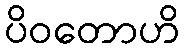
ပိဝတောဟိ